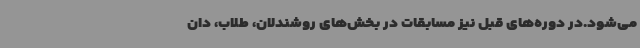
می‌شود.در دوره‌های قبل نیز مسابقات در بخش‌های روشندلان، طلاب، دان